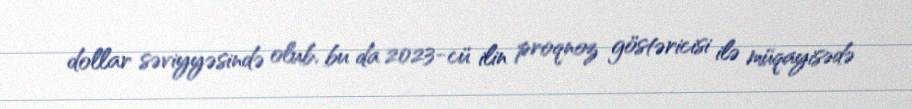
dollar səviyyəsində olub, bu da 2023-cü ilin proqnoz göstəricisi ilə müqayisədə